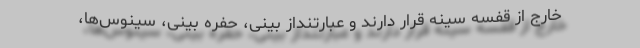
خارج از قفسه سینه قرار دارند و عبارتنداز بینی، حفره بینی، سینوس‌ها،